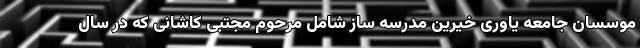
موسسان جامعه یاوری خیرین مدرسه ساز شامل مرحوم مجتبی کاشانی که در سال